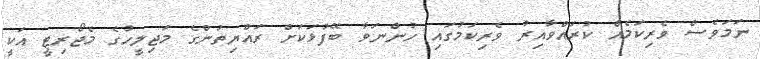
ނަމަވެސް ވެރިކަމެއް ކުރައްވާއިރު ވެރިކަމުގައި ހުންނަވާ ބޭފުޅަކަށް ރައްޔިތުންގެ މަޖިލީހުގެ މެޖޯރިޓީ އަކީ